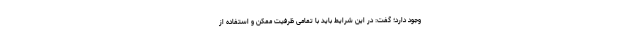
وجود دارد؛ گفت: در این شرایط باید با تمامی ظرفیت ممکن و استفاده از